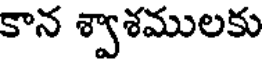
కాన శ్వాశములకు